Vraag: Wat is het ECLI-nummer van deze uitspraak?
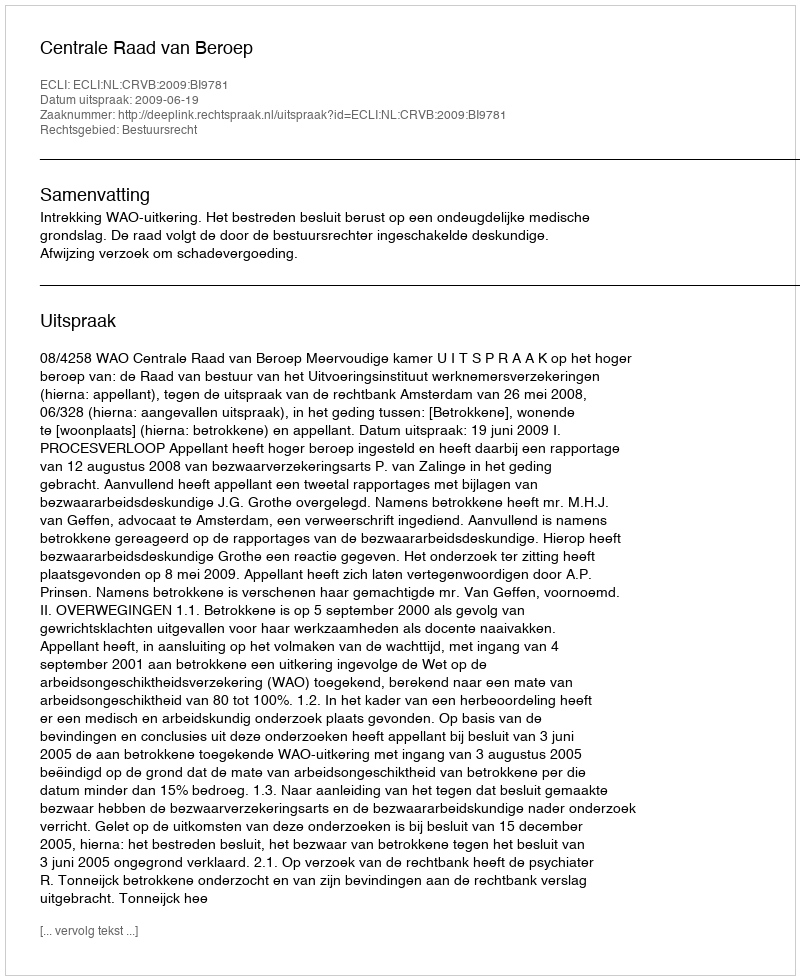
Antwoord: ECLI:NL:CRVB:2009:BI9781